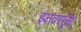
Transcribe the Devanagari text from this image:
इनक्यूबेट